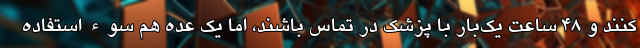
کنند و 48 ساعت یک‌بار با پزشک در تماس باشند، اما یک عده هم سوء استفاده